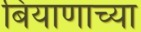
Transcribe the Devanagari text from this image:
बियाणाच्या